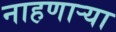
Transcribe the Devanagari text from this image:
नाहणाऱ्या